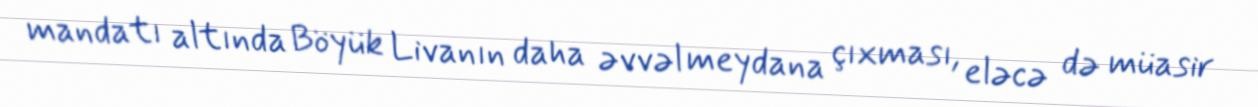
mandatı altında Böyük Livanın daha əvvəl meydana çıxması, eləcə də müasir